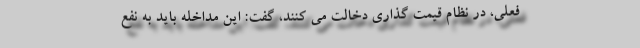
فعلی، در نظام قیمت گذاری دخالت می کنند، گفت: این مداخله باید به نفع